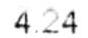
4.24